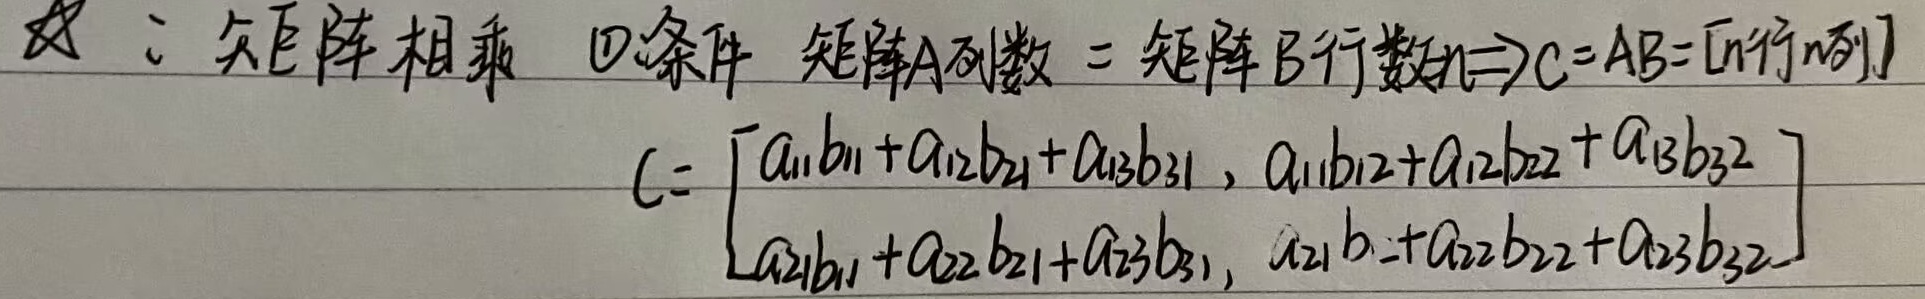
矩阵相乘
\textcircled{1}条件：矩阵\(A\)列数 = 矩阵\(B\)行数\(n\Rightarrow C = AB=[n行n列]\)
\[
C=\begin{bmatrix}
a_{11}b_{11}+a_{12}b_{21}+a_{13}b_{31},& a_{11}b_{12}+a_{12}b_{22}+a_{13}b_{32} \\
a_{21}b_{11}+a_{22}b_{21}+a_{23}b_{31},& a_{21}b_{12}+a_{22}b_{22}+a_{23}b_{32}
\end{bmatrix}
\]